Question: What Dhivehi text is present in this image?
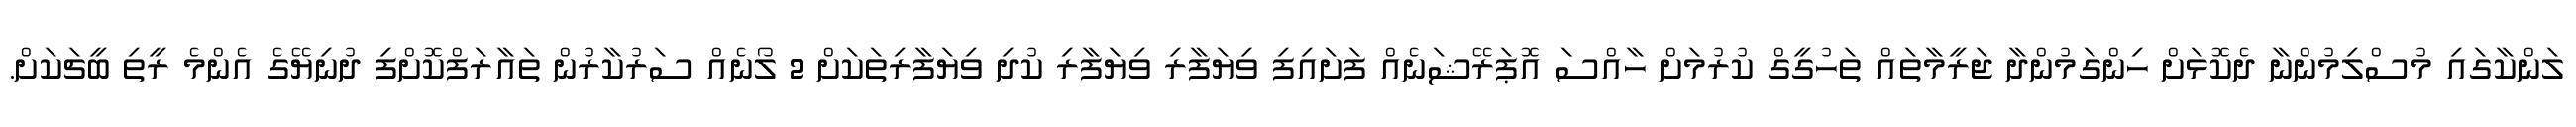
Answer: ލަންކާގައި މުސްލިމުންނާ ދެކޮޅަށް ހިންގަމުންދާ ޖަރީމާތައް ތަހުގީގް ކުރުމަށް ހާއްސަ އޮޕަރޭޝަނެއް ފަށައިފި ވިޔަފާރި ވިޔަފާރި ކުދި ވިޔަފާރިތަކަށް 2 ލޯނެއް ސަރުކާރުން ތައާރަފްކޮށްފި ދުނިޔޭގެ އެންމެ ރީތި ބީޗަކަށް.